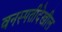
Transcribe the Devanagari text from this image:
वनस्पतीदेखील